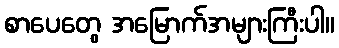
စာပေတွေ အမြောက်အများကြီးပါ။